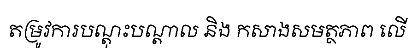
តម្រូវការបណ្តុះបណ្តាល និង កសាងសមត្ថភាព លើ